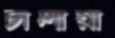
চালায়া